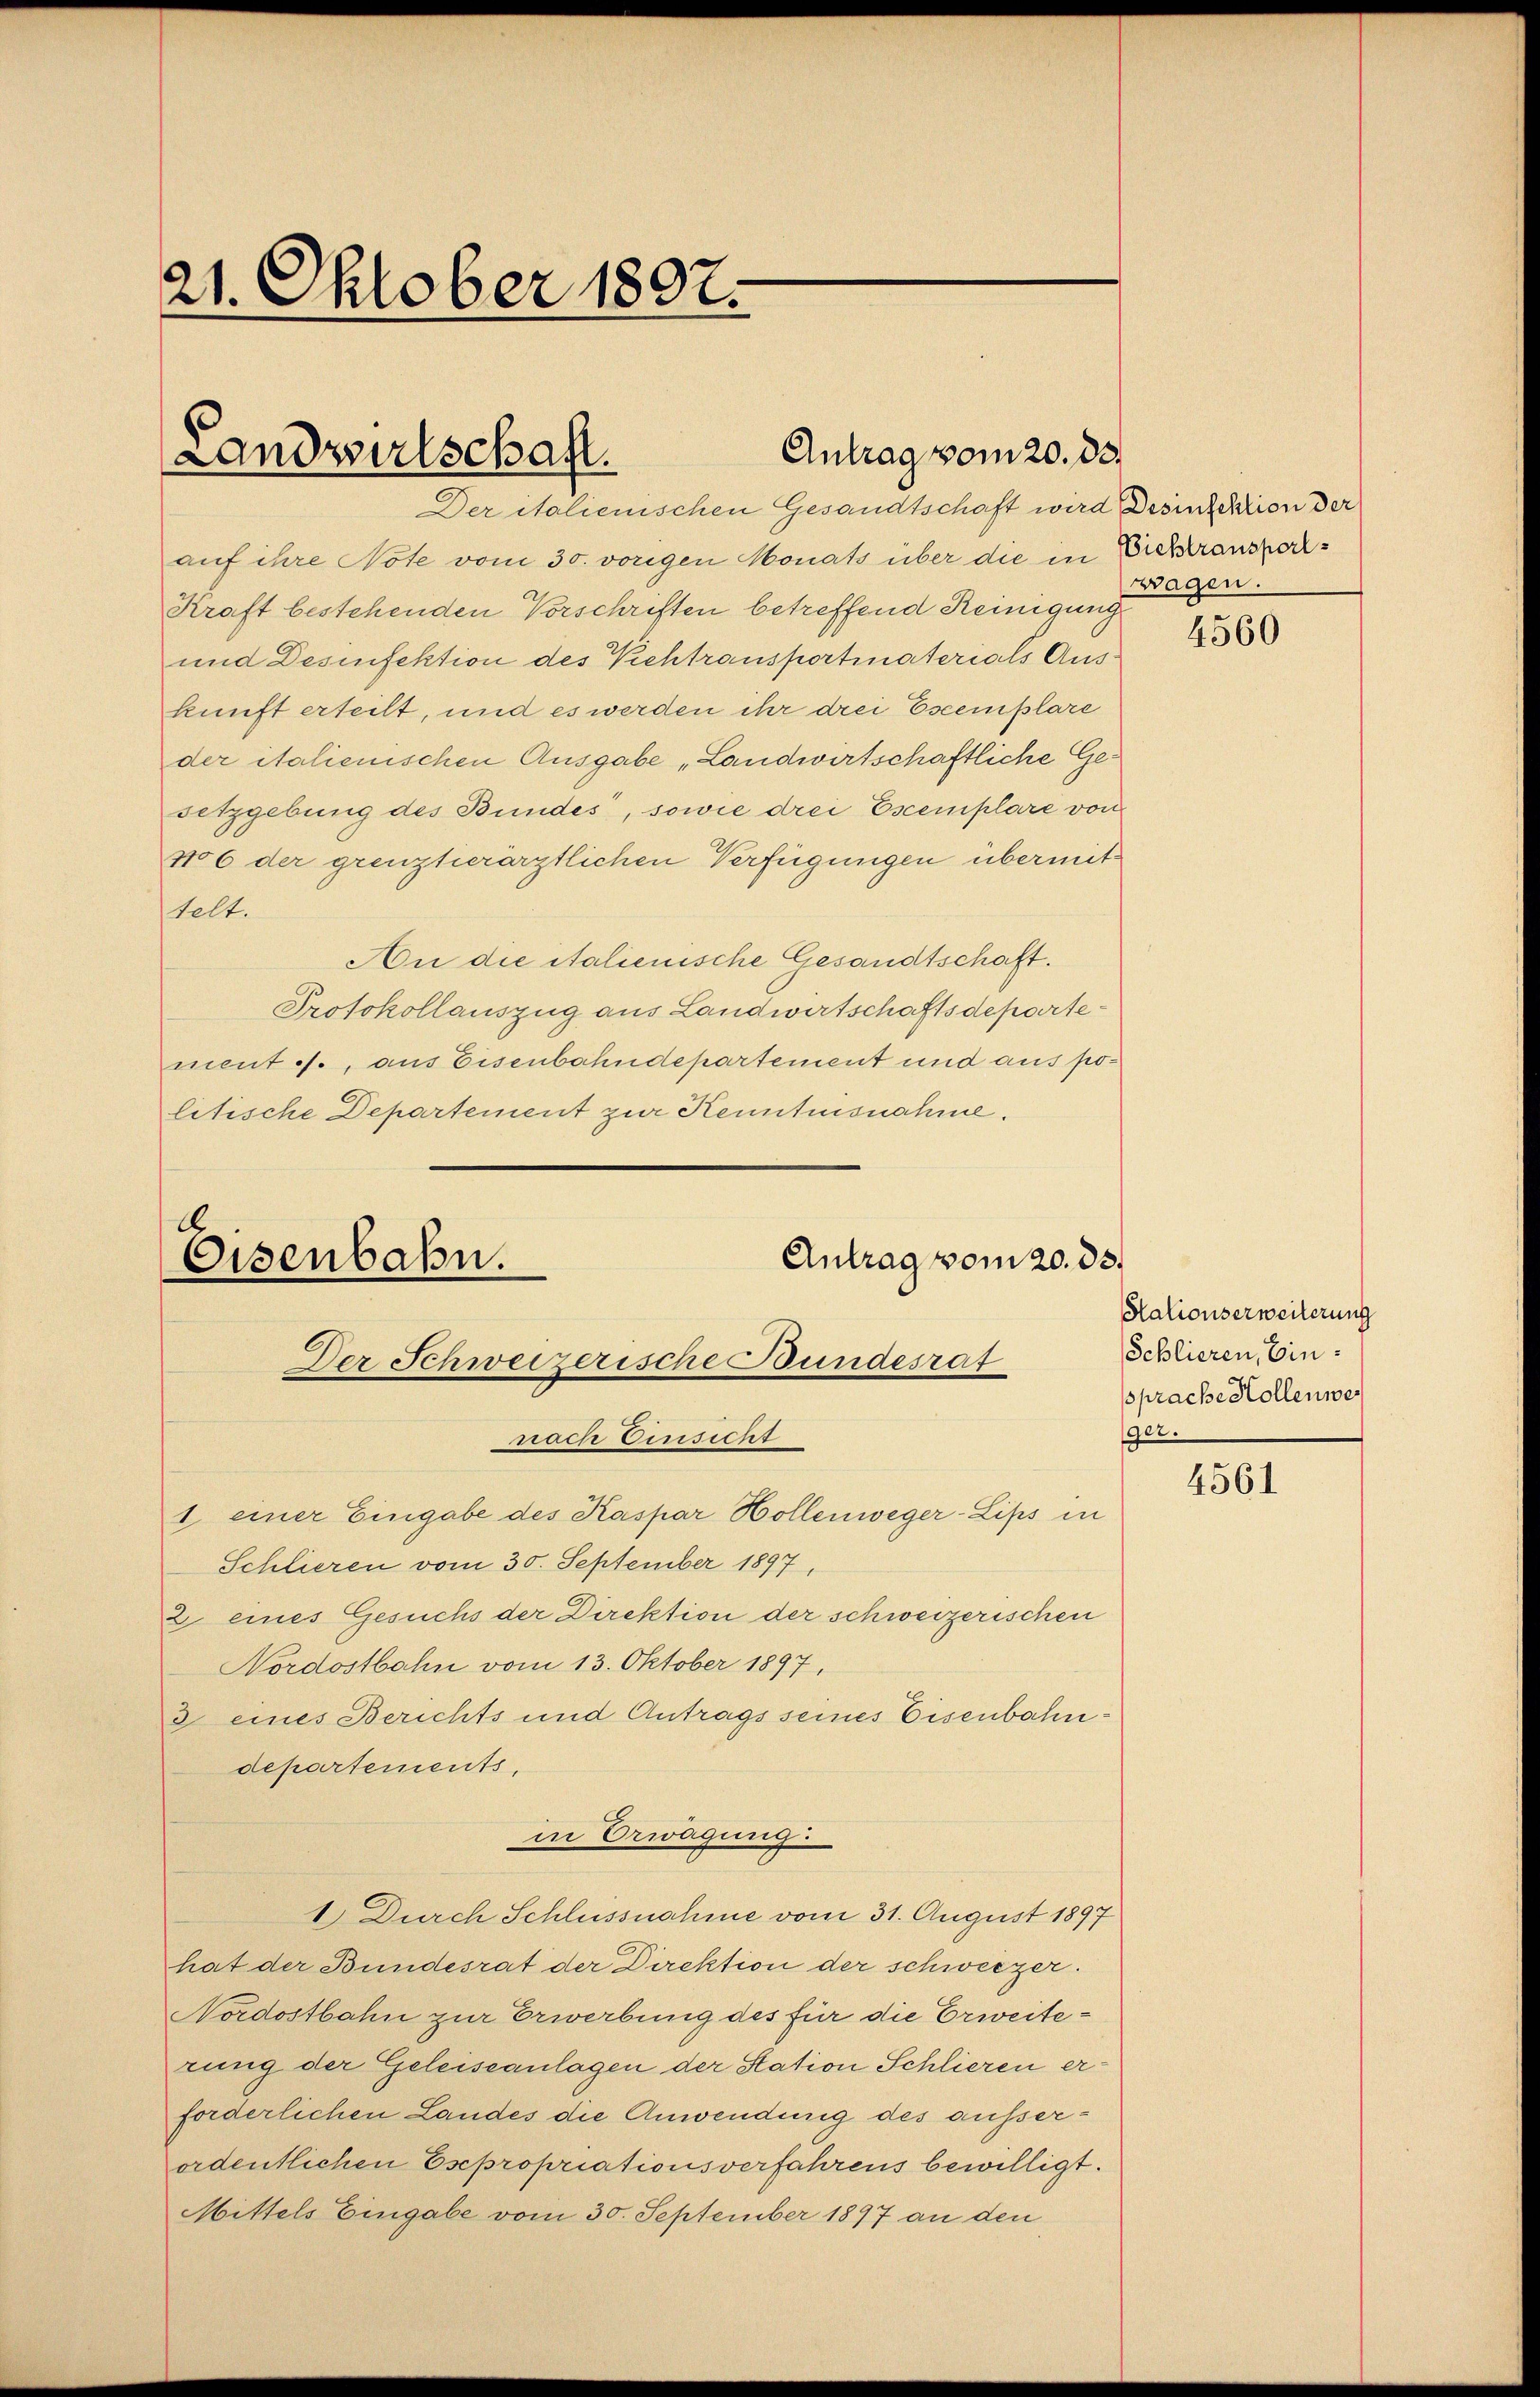
21. Oktober 1897.

Antrag vom 20. ds.
Landvalschaft.

A
Antrag vom 20. ds.
Eisenbahn.
Der Schweizerische Bundesrat

Der italienischen Gesandtschaft wird Desinfektion der
auf ihre Note vom 30. vorigen Monats über die in Eicheranspor¬
Kraft bestehenden Vorschriften betreffend Reinigung
und Desinfektion des Kehtransportinaterials Auskunft erteilt, und es werden ihr drei Escemplare
der italienischen Ausgabe „Landwirtschaftliche Gesetzgebung des Bundes, sowie drei Escemplare von
106 der grenzherärztlichen Verfügungen übermittelt.
An die italienische Gesandtschaft.
Protokollauszug aus Landwirtschaftsdepartement J., aus Eisenbahndepartement und aus politische Departement zur Kenntnisnahme.
nach Einsicht
1 einer Eingabe des Kaspar Wollenweger-Lips in
Schlieren vom 30. September 1897,
2 eines Gesuchs der Direktion der schweizerischen
Nordostbahn vom 13. Oktober 1897,
2 eines Berichts und Antrags seines Eisenbahndepartements,
in Erwägung.
1.) Durch Schlussnahme vom 31. August 1897
hat der Bundesrat der Direktion der schweizer.
Nordostbahn zur Erwerbung des für die Erweiterung der Geleiseanlagen der Station Schlieren erforderlichen Landes die Anwendung des ausserordentlichen Esepropriationsverfahrens bewilligt.
Mittels Eingabe vom 30. September 1897 an den

wagen.

4560

Stationserweiterung
Schlieren, Einsprache Hollenwe
ger.

4561